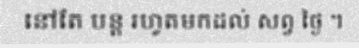
នៅតែ បន្ត រហូតមកដល់ សព្វ ថ្ងៃ ។